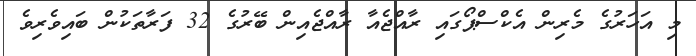
މި އަހަރުގެ މެރިން އެކްސްޕޯގައި ރާއްޖެއާ ރާއްޖެއިން ބޭރުގެ 32 ފަރާތަކުން ބައިވެރިވެ